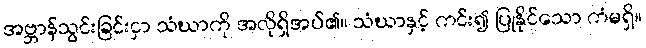
အဗ္ဘာန်သွင်းခြင်းငှာ သံဃာကို အလိုရှိအပ်၏။ သံဃာနှင့် ကင်း၍ ပြုနိုင်သော ကံမရှိ။